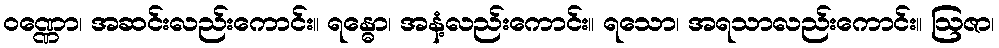
ဝဏ္ဏော၊ အဆင်းလည်းကောင်း။ ရန္ဓော၊ အနံ့လည်းကောင်း။ ရသော၊ အရသာလည်းကောင်း။ ဩဇာ၊